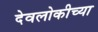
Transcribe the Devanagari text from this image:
देवलोकीच्या